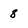
Character: 8